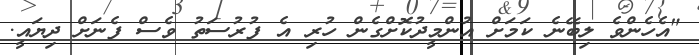
"އެހެންވެ ލިބޭނެ ކަމަށް އުންމީދުކޮށްގެން ހުރި އެ ފުރުސަތު ވެސް ފެނަށް ދިޔައީ.